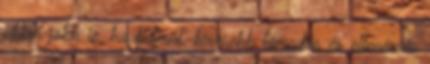
akkor jobb is, ha kiderül. kevesebb támadás és ellenérzés